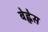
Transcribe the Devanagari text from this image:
बेह्नेस